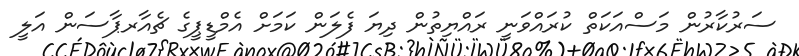
ސަރުކާރުން މަސްއަކަތް ކުރައްވަނީ ރައްޔިތުން ދިޔަ ފެލަން ކަމަށް އެމްޑީޕީގެ ޗެއާރޕާސަން އަލީ